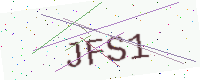
Text: JFS1